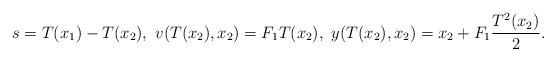
LaTeX: \begin{align*}s=T(x_{1})-T(x_{2}),\ v(T(x_{2}),x_{2})=F_{1}T(x_{2}),\ y(T(x_{2}),x_{2})=x_{2}+F_{1}\frac{T^{2}(x_{2})}{2}.\end{align*}